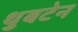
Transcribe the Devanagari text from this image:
थुबटेन